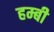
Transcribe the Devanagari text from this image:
हम्बी